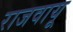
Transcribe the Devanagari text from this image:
राजवायू